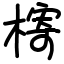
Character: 槣